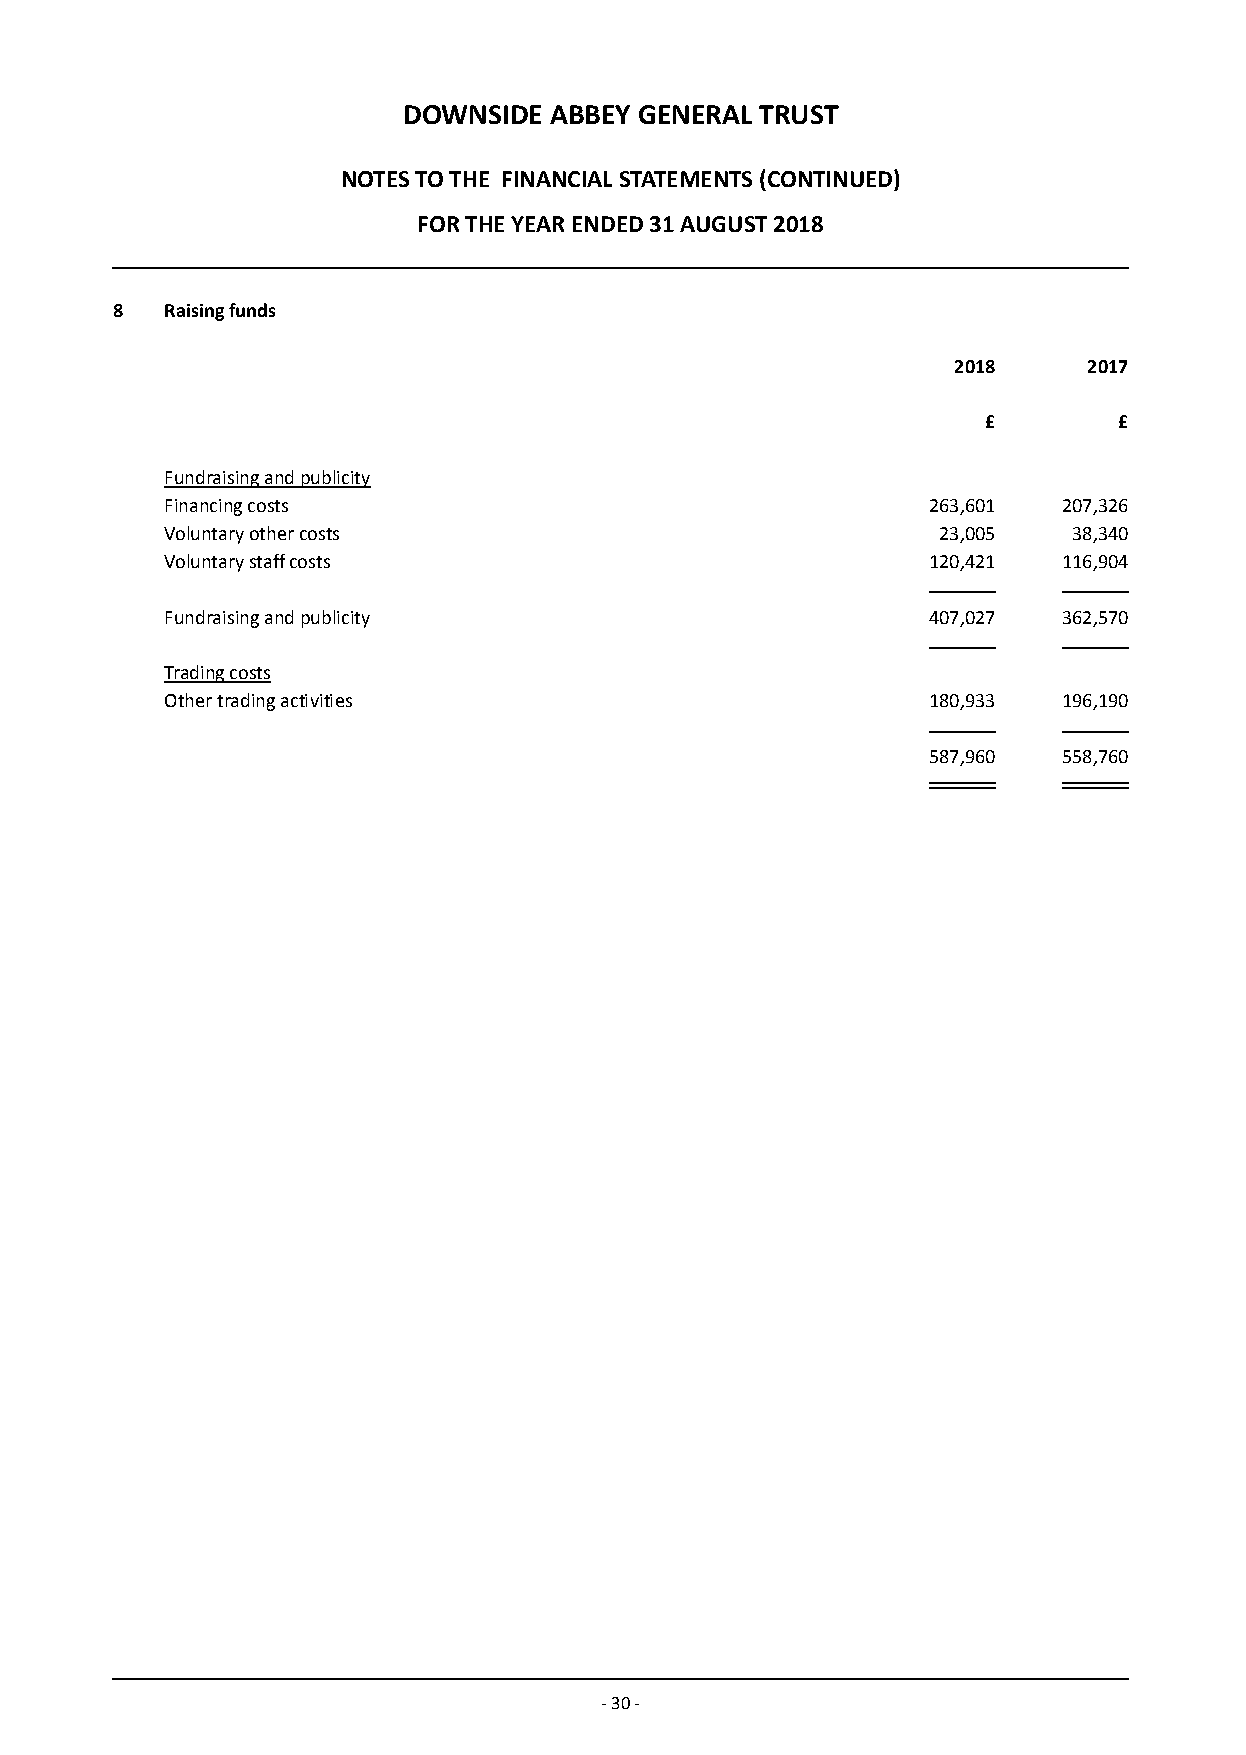
DOWNSIDE ABBEY GENERAL TRUST
 NOTES TO THE FINANCIAL STATEMENTS (CONTINUED)
 FOR THE YEAR ENDED 31 AUGUST 2018
 8   Raising funds
 2018     2017
 £        £
 Fundraising and publicity
 Financing costs                                   263,601  207,326
 Voluntary other costs                              23,005   38,340
 Voluntary staff costs                             120,421  116,904
 Fundraising and publicity                         407,027  362,570
 Trading costs
 Other trading activities                          180,933  196,190
 587,960  558,760
 - 30 -